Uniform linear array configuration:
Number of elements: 4
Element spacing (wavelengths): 0.75
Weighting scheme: hann
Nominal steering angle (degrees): -60
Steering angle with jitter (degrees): -59.564
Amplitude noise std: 0.05
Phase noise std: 0.05

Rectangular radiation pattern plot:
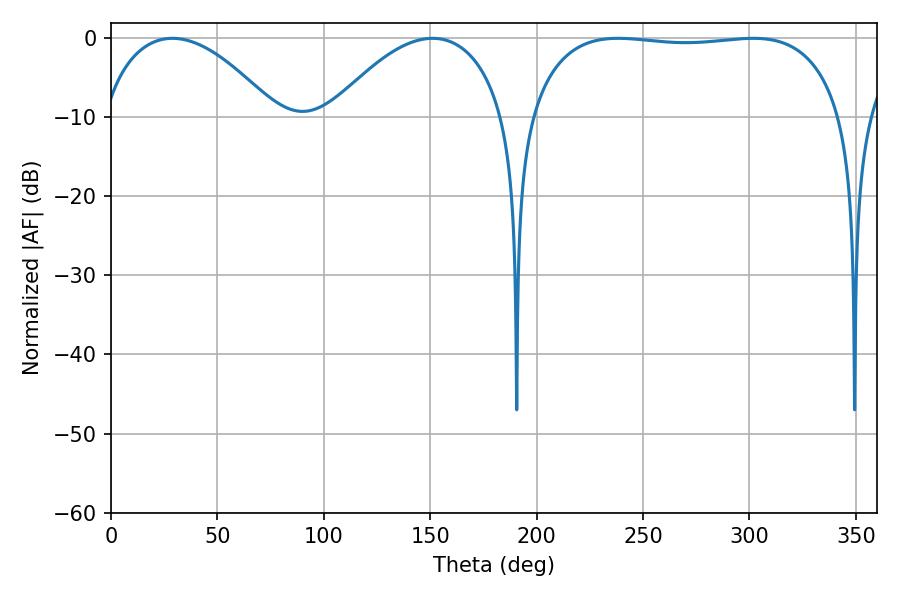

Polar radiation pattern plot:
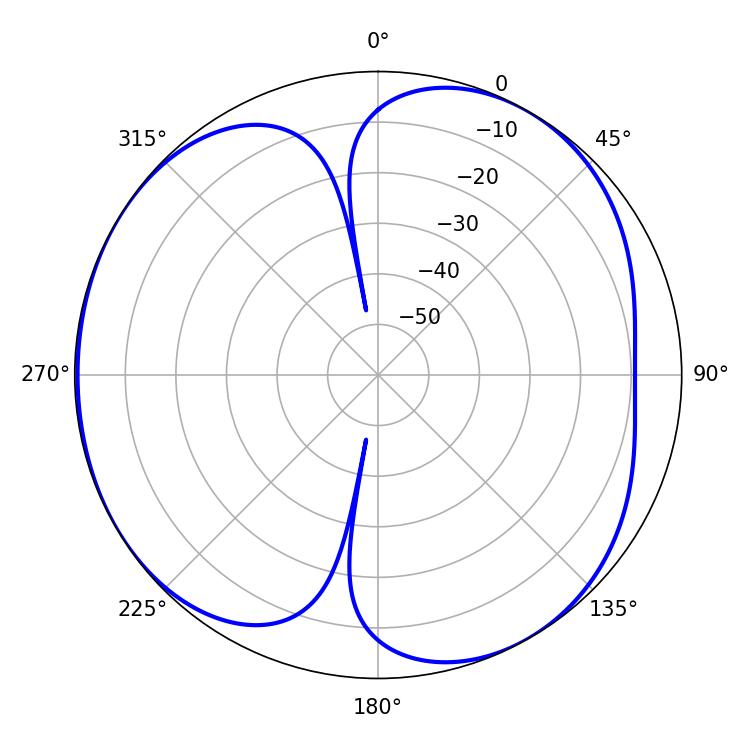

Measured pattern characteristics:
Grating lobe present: TRUE
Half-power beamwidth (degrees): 117.36
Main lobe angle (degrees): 238.32